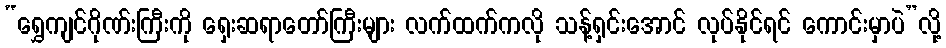
“ရွှေကျင်ဂိုဏ်းကြီးကို ရှေးဆရာတော်ကြီးများ လက်ထက်ကလို သန့်ရှင်းအောင် လုပ်နိုင်ရင် ကောင်းမှာပဲ”လို့